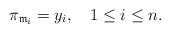
LaTeX: \begin{align*} \pi_{\mathfrak{m}_i}=y_i,\quad1\leq i\leq n. \end{align*}